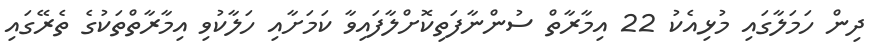
ދިން ހަމަލާގައި މުޅިއެކު 22 އިމާރާތް ސުންނާފަތިކޮށްލާފައިވާ ކަމަށާއި ހަލާކުވި އިމާރާތްތަކުގެ ތެރޭގައި